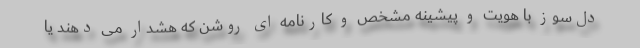
دل‌سوز با هویت و پیشینه مشخص و کارنامه ای روشن که هشدار می دهند یا